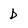
Character: b